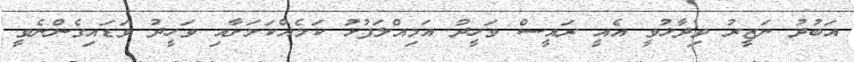
އަބުދު ނަޒީރު ވިދާޅުވީ އެއީ ރައީސް ވަހީދު އަމިއްލަފުޅު ކަމެއްކަމަށާއި ވަހީދު ވަޑައިގެންނެވީ